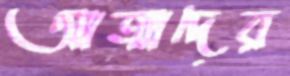
আত্মাদের